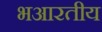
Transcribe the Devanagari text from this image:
भआरतीय